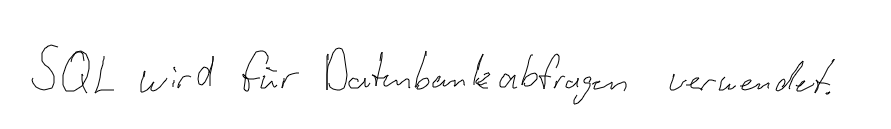
SQL wird für Datenbankabfragen verwendet.